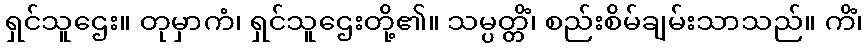
ရှင်သူဌေး။ တုမှာကံ၊ ရှင်သူဌေးတို့၏။ သမ္ပတ္တိံ၊ စည်းစိမ်ချမ်းသာသည်။ ကိံ၊